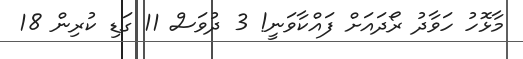
މާޅޮހު ހަވާދު ރޯދައަށް ފައްކާވަނީ! 3 ދުވަސް 11 ގަޑި ކުރިން 18